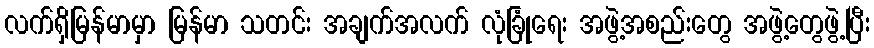
လက်ရှိမြန်မာမှာ မြန်မာ သတင်း အချက်အလက် လုံခြုံရေး အဖွဲ့အစည်းတွေ အဖွဲ့တွေဖွဲ့ပြီး